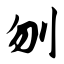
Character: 刎